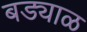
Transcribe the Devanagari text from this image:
बड्याळ